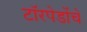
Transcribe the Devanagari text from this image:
टॉरपेडोंचे